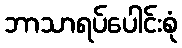
ဘာသာရပ်ပေါင်းစုံ